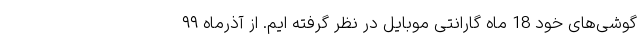
گوشی‌های خود 18 ماه گارانتی موبایل در نظر گرفته ایم. از آذرماه ۹۹